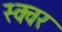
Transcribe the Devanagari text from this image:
स्क्वर